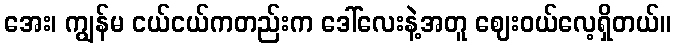
အေး၊ ကျွန်မ ငယ်ငယ်ကတည်းက ဒေါ်လေးနဲ့အတူ ဈေးဝယ်လေ့ရှိတယ်။